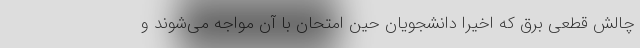
چالش قطعی برق که اخیرا دانشجویان حین امتحان با آن مواجه می‌شوند و